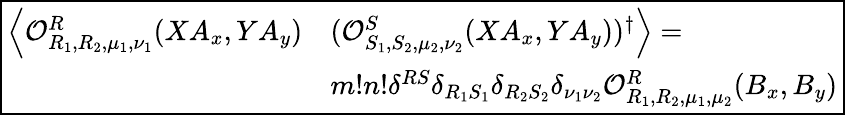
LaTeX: \boxed{\begin{array}{rl}{\left\langle\mathcal{O}_{R_{1},R_{2},\mu_{1},\nu_{1}}^{R}(XA_{x},YA_{y})\right.}&{\left.(\mathcal{O}_{S_{1},S_{2},\mu_{2},\nu_{2}}^{S}(XA_{x},YA_{y}))^{\dagger}\right\rangle=}\\ &{m!n!\delta^{RS}\delta_{R_{1}S_{1}}\delta_{R_{2}S_{2}}\delta_{\nu_{1}\nu_{2}}\mathcal{O}_{R_{1},R_{2},\mu_{1},\mu_{2}}^{R}(B_{x},B_{y})}\end{array}}